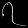
Digit: ၇